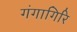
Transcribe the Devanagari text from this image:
गंगागिरि